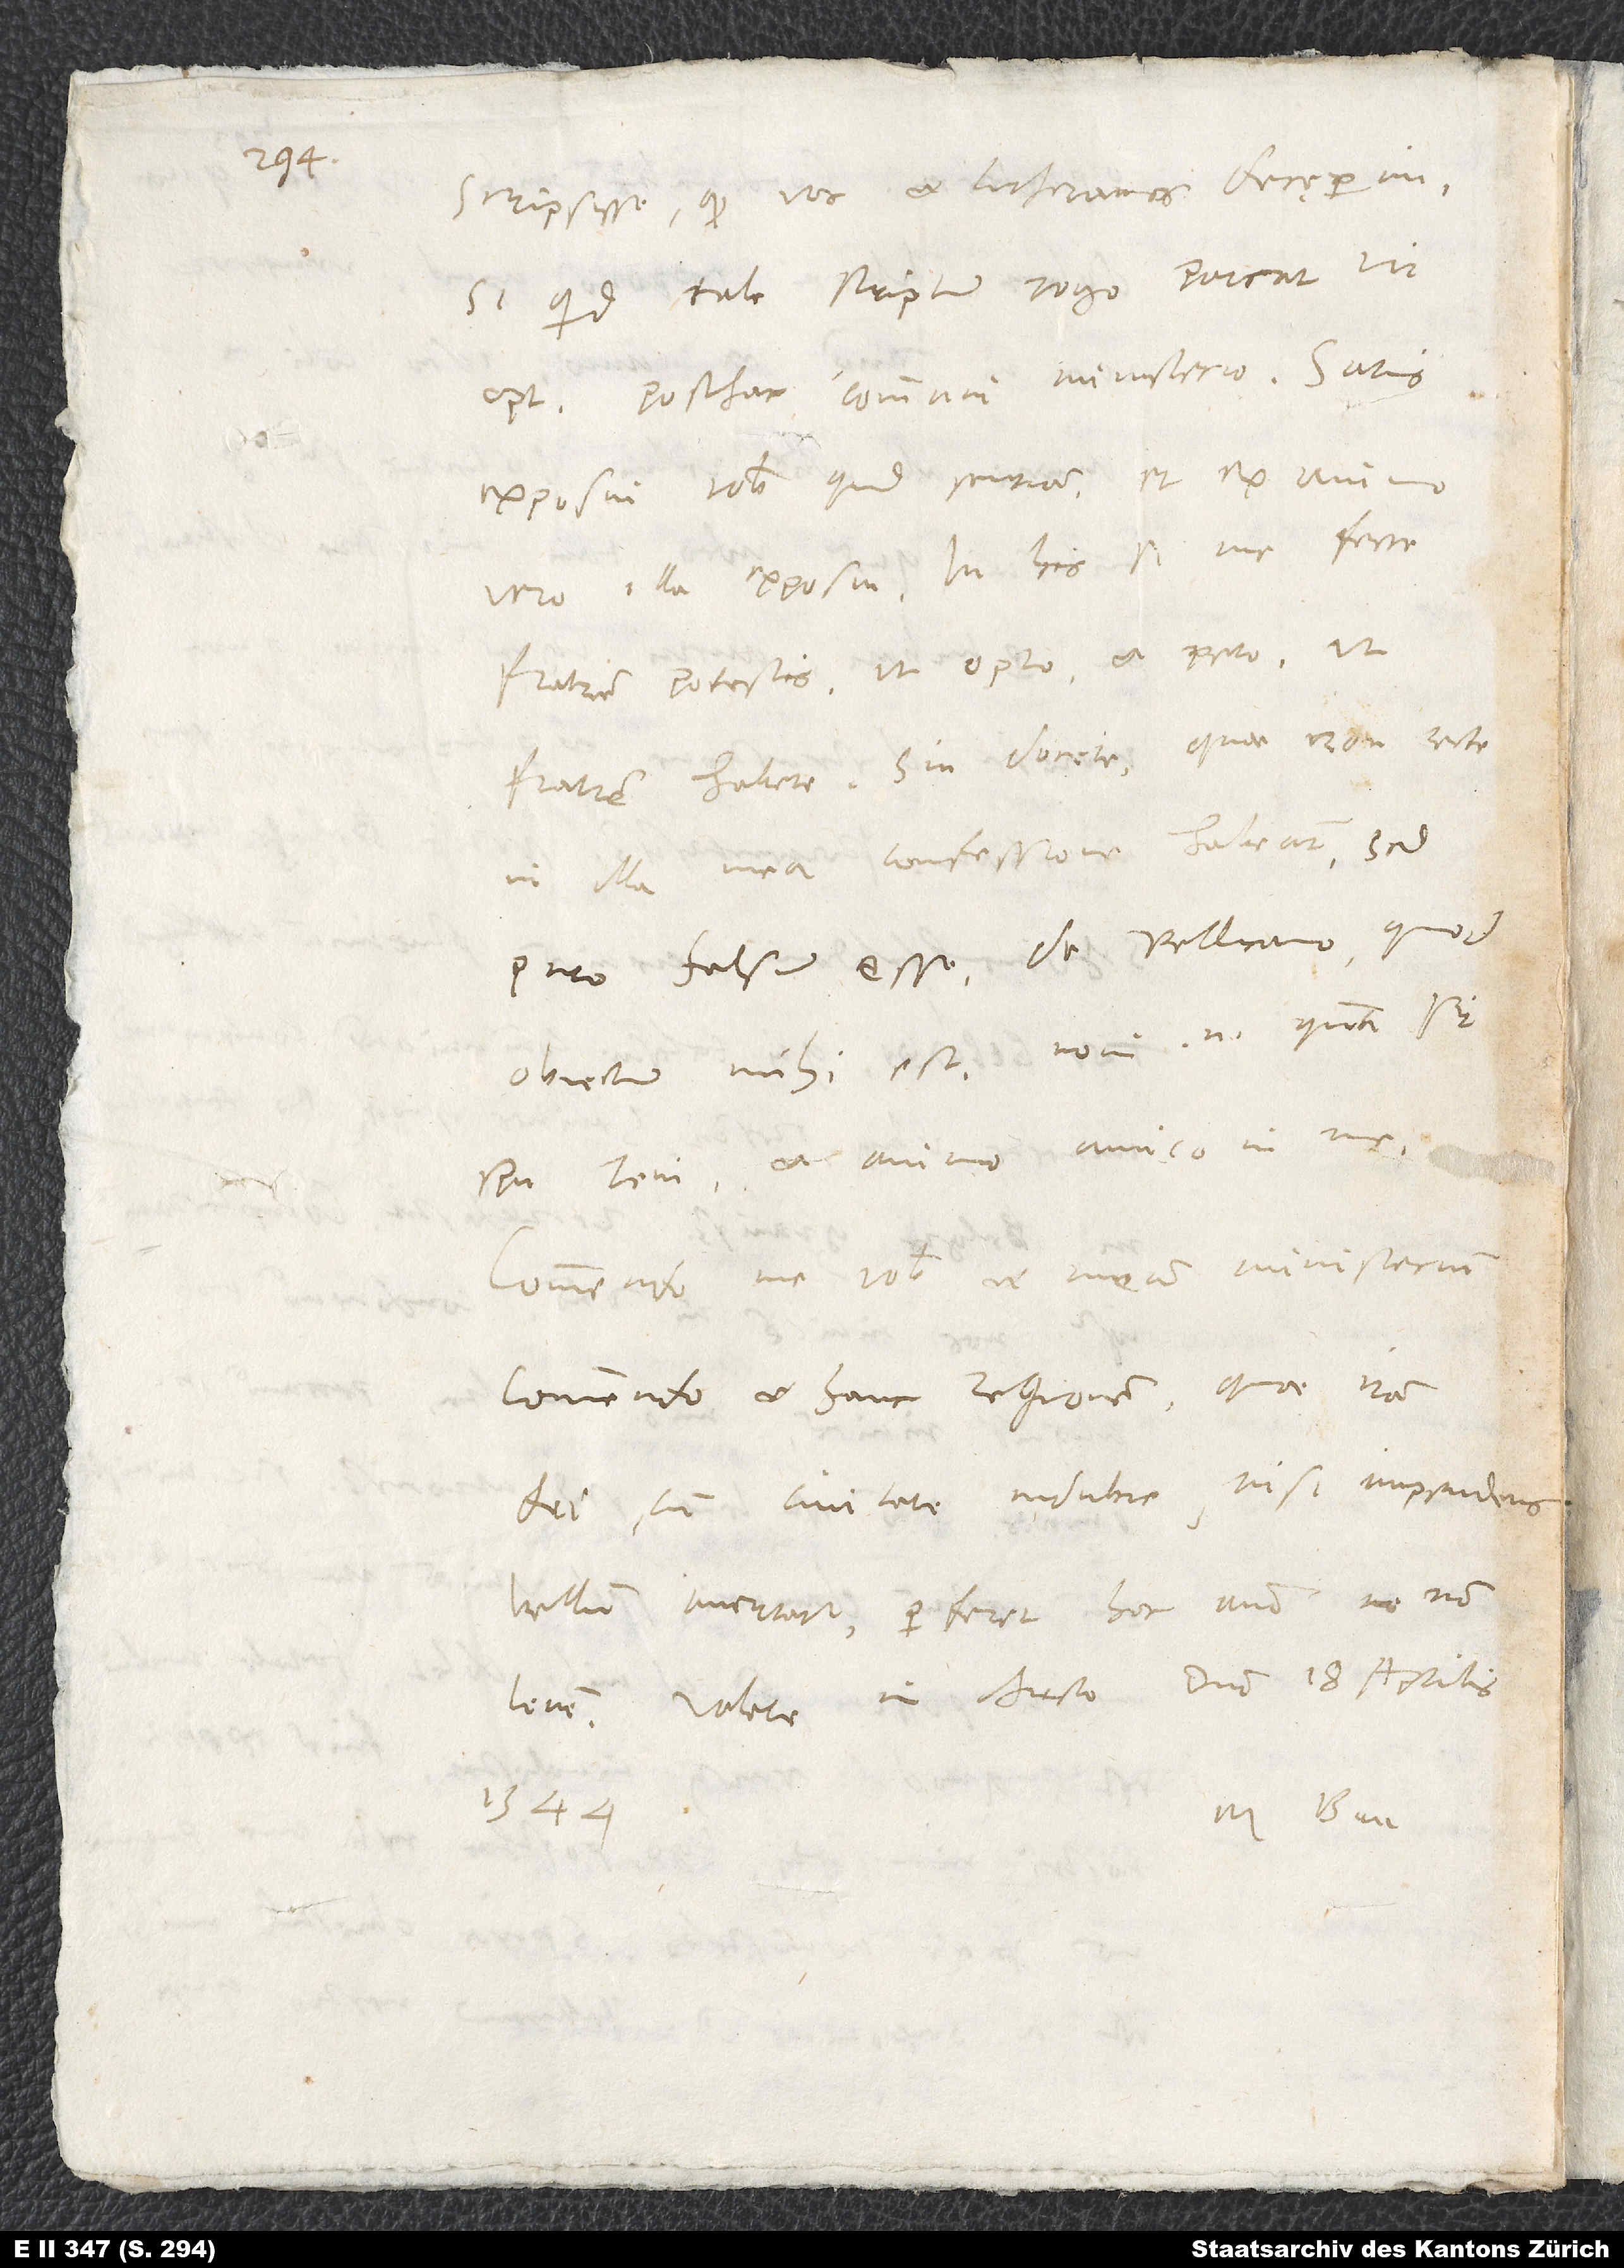
scripsisse, quod vos et Lutheranos decęperim.
Si quid tale scriptum, rogo, parcat vir
optimus posthac communi ministerio. Satis
exposui vobis, quid sentiam, et ex animo
vero illa exposui. In his si me ferre
fratrem potestis, ut opto et peto, ut
fratrem habete; sin, docete, quae non recte
in illa mea confessione habeant. Sed
puto falsum esse de Pellicano, quod
obiectum mihi est; novi enim, quam sit
spiritu leni et animo amico in me.
Commendo me vobis et meum ministerium,
commendo et hanc regionem, quae iram
dei cum civitate indubie, nisi impendens
bellum avertatur, perferet hoc anno non
levem. Valete in Christo domino. 18. aprilis
1544.